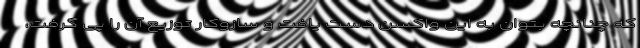
که چنانچه بتوان به این واکسن دست یافت و سازوکار توزیع آن را پی گرفت،